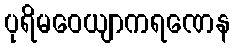
ပုရိမဝေယျာကရဏေန